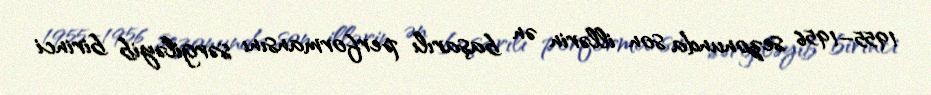
1955–1956 sezonunda son illərin ən başarılı performansını sərgiləyib birinci